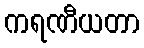
ကရဏီယတာ